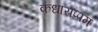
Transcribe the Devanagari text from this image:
कंधाराप्पम